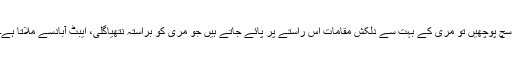
سچ پوچھیں تو مری کے بہت سے دلکش مقامات اس راستے پر پائے جاتے ہیں جو مری کو براستہ نتھیاگلی، ایبٹ آبادسے ملاتا ہے۔